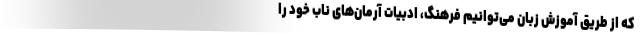
که از طریق آموزش زبان می‌توانیم فرهنگ، ادبیات آرمان‌های ناب خود را